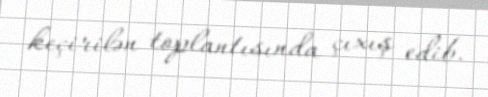
keçirilən toplantısında çıxış edib.